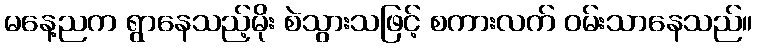
မနေ့ညက ရွာနေသည့်မိုး စဲသွားသဖြင့် စကားလက် ဝမ်းသာနေသည်။